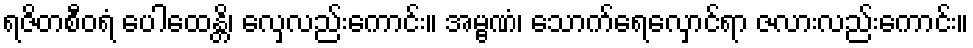
ရဇိတစီဝရံ ပေါထေန္တိ၊ လှေလည်းကောင်း။ အမ္ဗဏံ၊ သောက်ရေလှောင်ရာ ဇလားလည်းကောင်း။